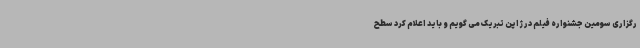
رگزاری سومین جشنواره فیلم در ژاپن تبریک می گویم و باید اعلام کرد سطح